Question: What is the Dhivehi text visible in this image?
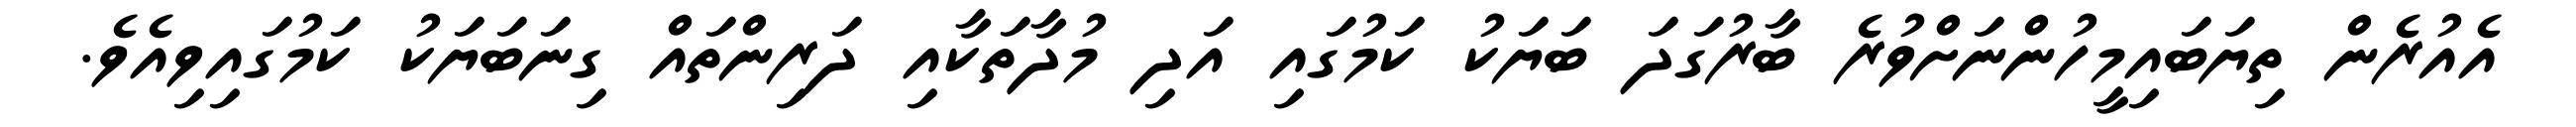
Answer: އެއުރެން ތިޔަބައިމީހުންނަށްވުރެ ބާރުގަދަ ބަޔަކު ކަމުގައި އަދި މުދާތަކާއި ދަރިންތައް ގިނަބަޔަކު ކަމުގައިވިއެވެ.